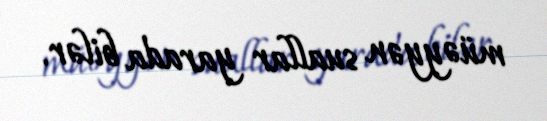
müəyyən suallar yarada bilər.